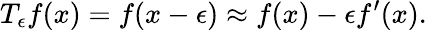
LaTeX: T_{\epsilon}f(x)=f(x-\epsilon)\approx f(x)-\epsilon f^{\prime}(x).